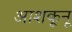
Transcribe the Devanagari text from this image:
आशकूनू